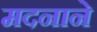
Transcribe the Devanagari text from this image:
मदनाने